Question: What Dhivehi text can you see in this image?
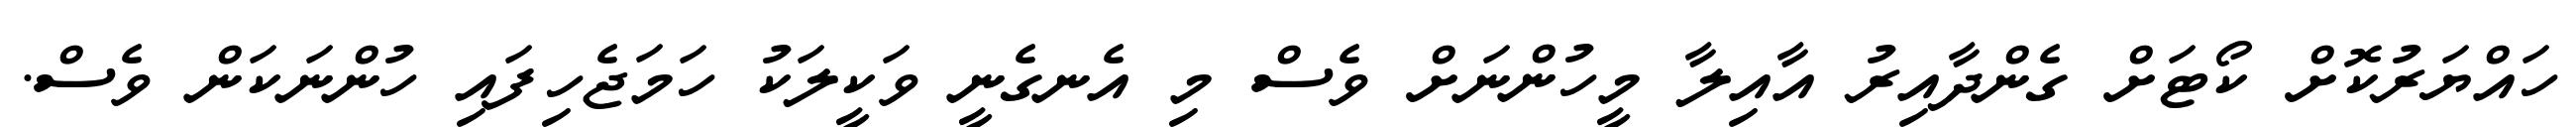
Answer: ހައްޔަރުކޮށް ކޯޓަށް ގެންދާއިރު އާއިލާ މީހުންނަށް ވެސް މި އެނގެނީ ވަކީލަކު ހަމަޖެހިފައި ހުންނަކަން ވެސް.